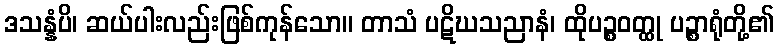
ဒသန္နံပိ၊ ဆယ်ပါးလည်းဖြစ်ကုန်သော။ တာသံ ပဋိဃသညာနံ၊ ထိုပဉ္စဝတ္ထု ပဉ္စာရုံတို့၏